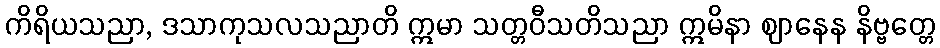
ကိရိယသညာ, ဒသာကုသလသညာတိ ဣမာ သတ္တဝီသတိသညာ ဣမိနာ ဈာနေန နိဗ္ဗတ္တေ